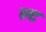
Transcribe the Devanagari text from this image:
ल्ट